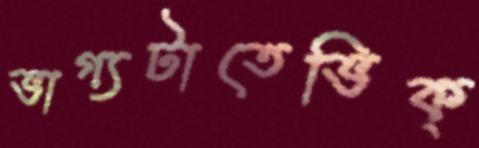
ভাগ্যটাতেভিক্